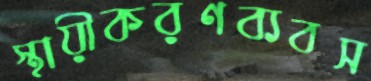
স্থায়ীকরণব্যবস